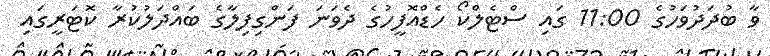
ވާ ބުދަަަދުވަހުގެ 11:00 ގައި ސްޓެލްކޯ ހެޑްއޮފީހުގެ ދެވަނަ ފަންގިފިލާގެ ބައްދަލުކުރާ ކޮޓަރީގައި